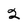
Character: 2